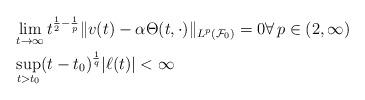
LaTeX: \begin{align*} & \lim_{t \to \infty} t^{\frac 12 - \frac 1p}\|v(t) - \alpha \Theta(t,\cdot)\|_{L^p(\mathcal F_0)} = 0 \forall \,p \in (2,\infty) \\& \sup_{t >t_0} (t-t_0)^{\frac 1q} |\ell(t)| < \infty \end{align*}